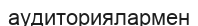
аудиториялармен